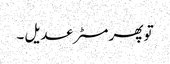
تو پھر مسٹر عدیل ۔